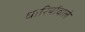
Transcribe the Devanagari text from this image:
धारियोंवाले